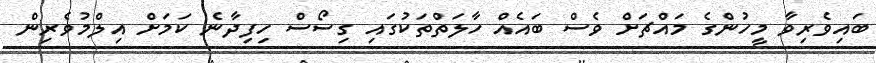
ބައިވެރިވާ މީހުންގެ މައްޗަށް ވެސް ބައެއް ހާލަތްތަކުގައި ގިސޯސް ހިފިދާނެ ކަމަށް އިލްމުވެރިން